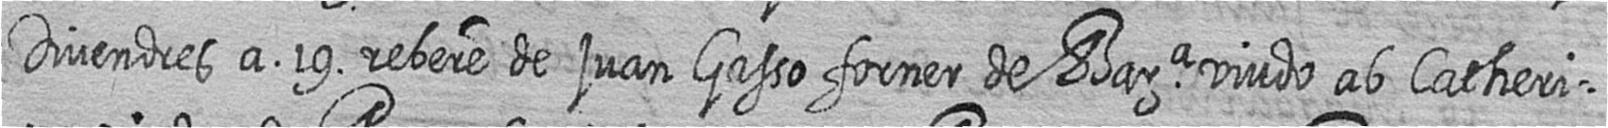
Divendres a 19 rebere de juan Gasso forner de Bara viudo ab Catheri=